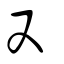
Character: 又